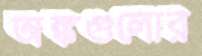
অঙ্কগুলোর